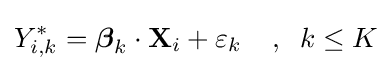
Y_{i,k}^{\ast }={\boldsymbol {\beta }}_{k}\cdot \mathbf {X} _{i}+\varepsilon _{k}\;\;\;\;,\;\;k\leq K